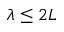
\lambda \leq 2 L